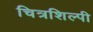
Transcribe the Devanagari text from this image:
चित्रशिल्पी